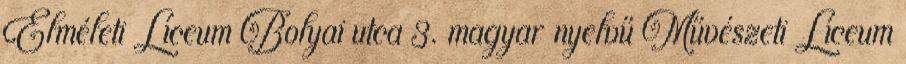
Elméleti Líceum Bolyai utca 3. magyar nyelvű Művészeti Líceum